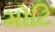
મોટિ